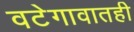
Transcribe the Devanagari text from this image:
वटेगावातही